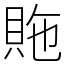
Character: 䝯